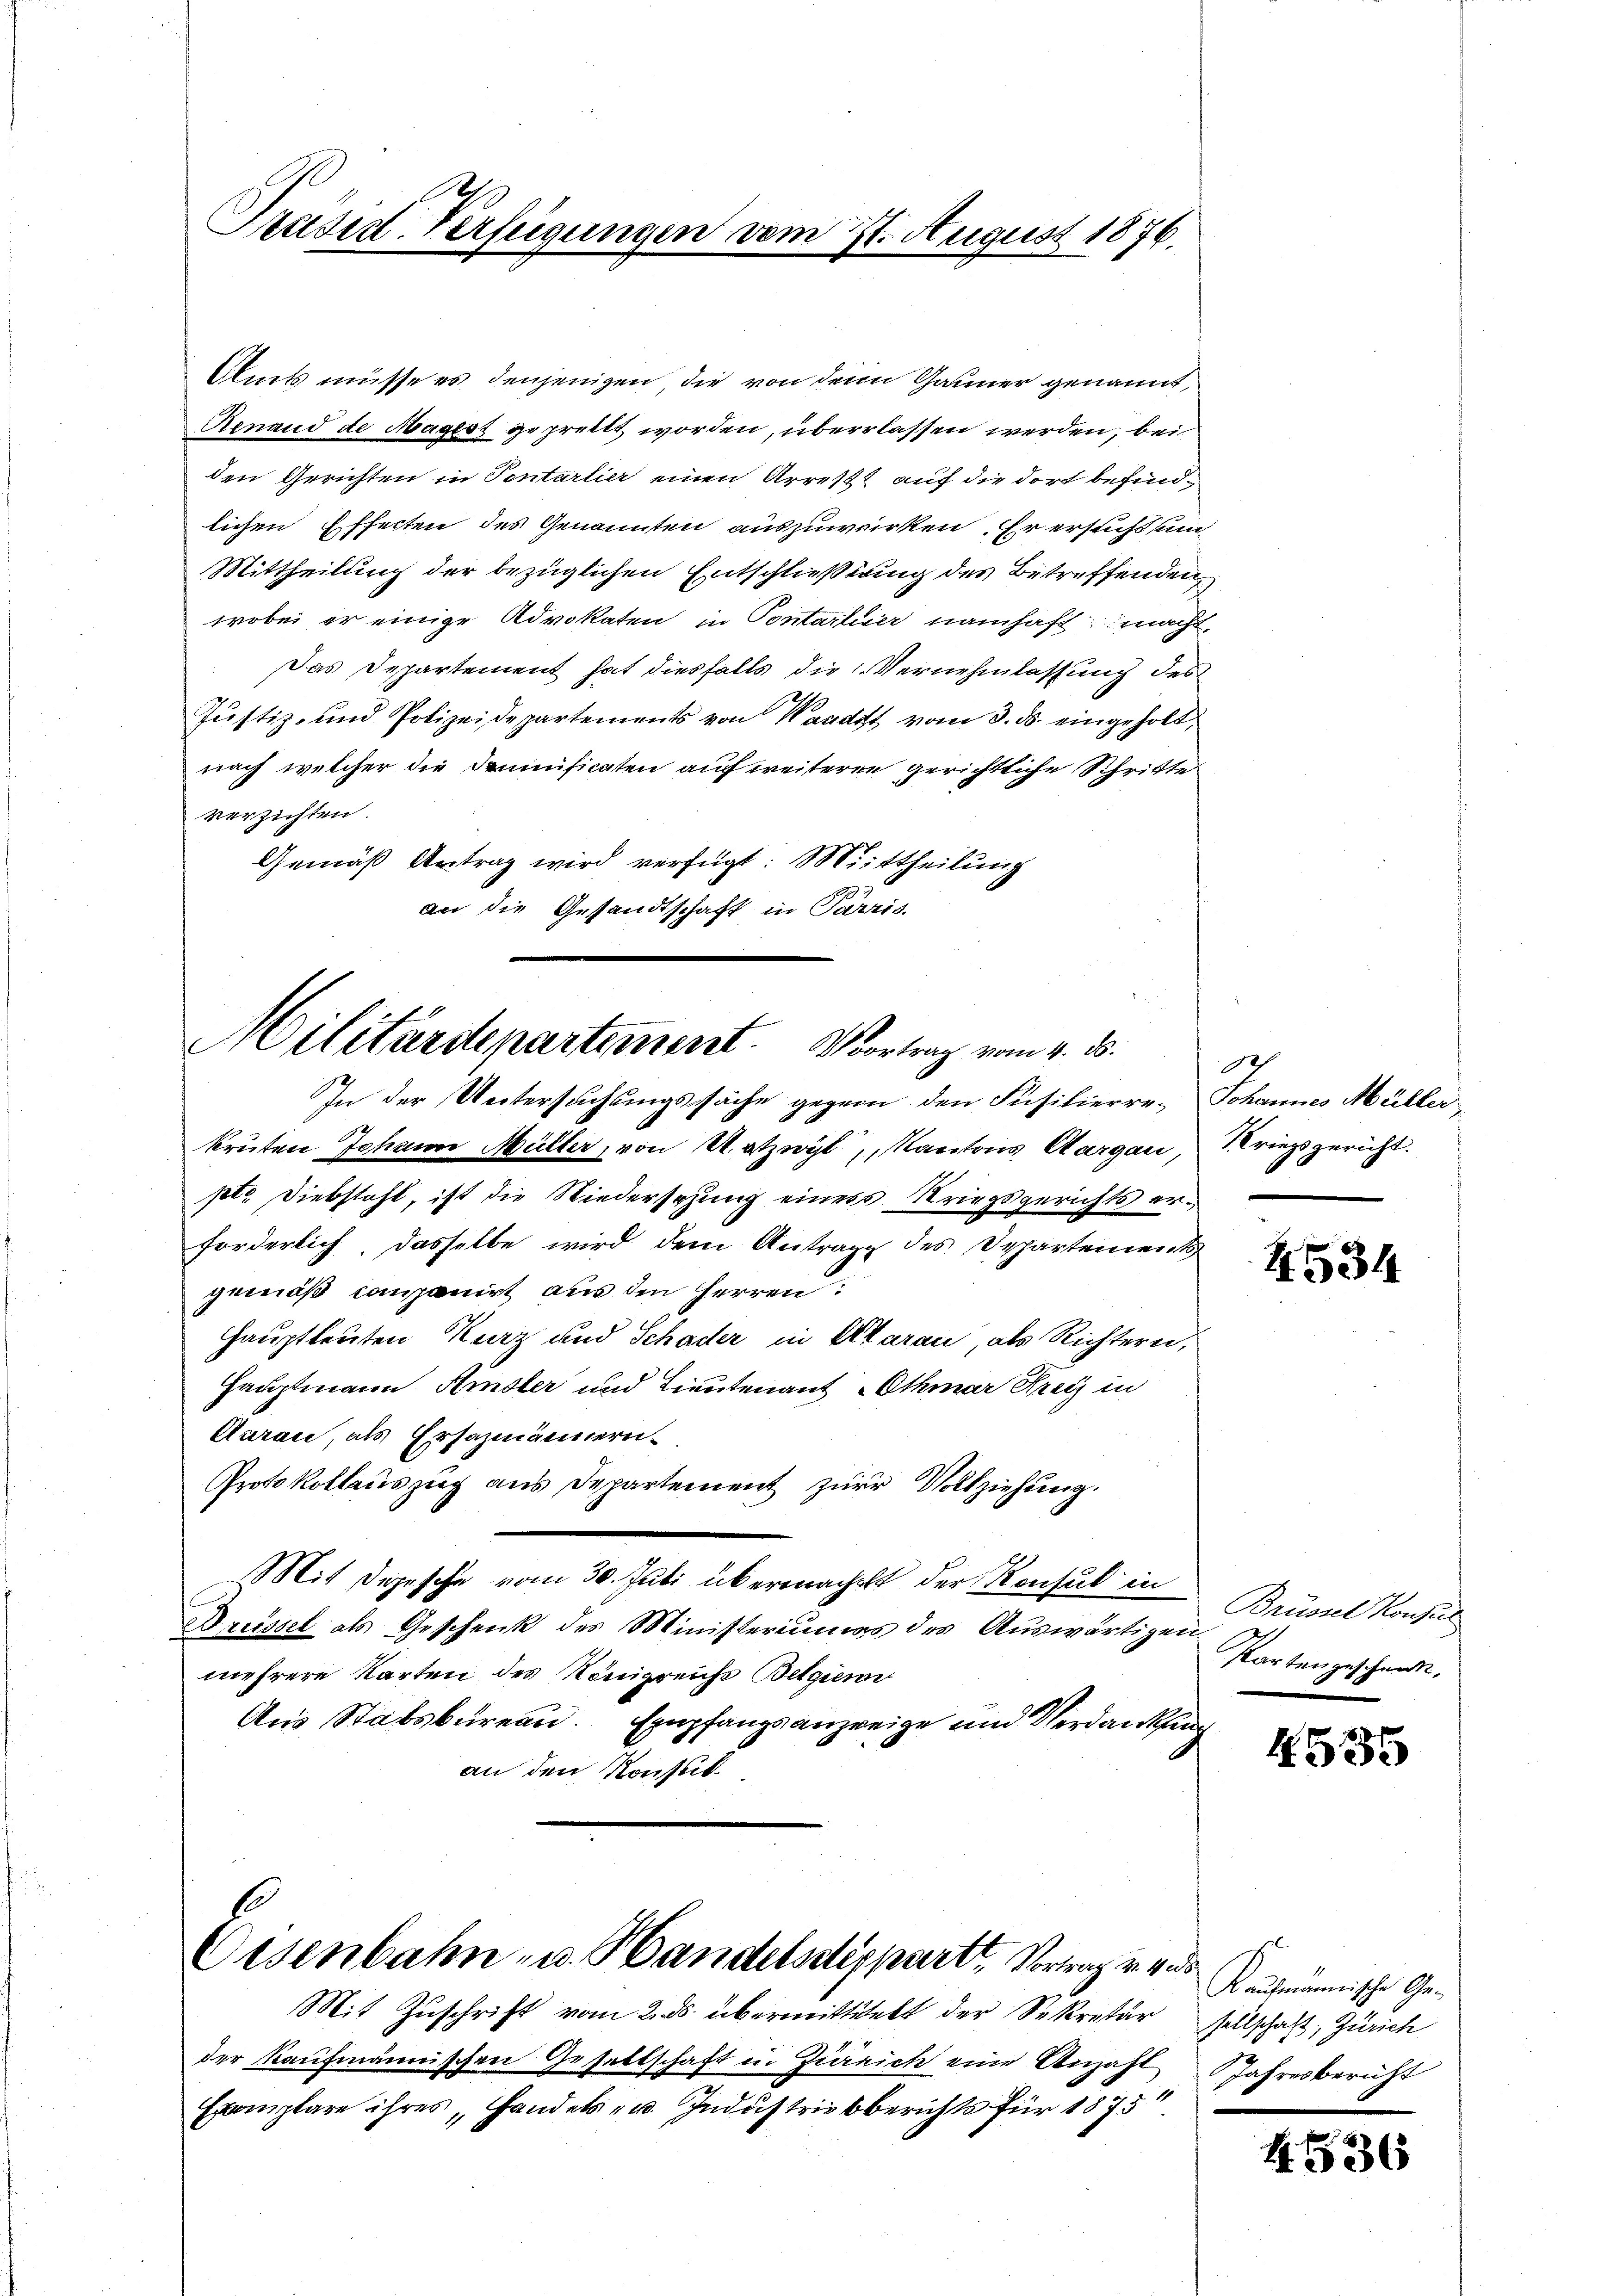
Amts müsse es denjenigen, die von dem Garmer genannt,
Amnand de Magiss geprellt worden, überlassen werden, bei
den Gerichten in Tentarlier einen Arrest auf die dort befindlichen Effecten des Genannten auszuwerken. Er ersucht und
Mittheilung der bezüglichen Entschließung des Betreffenden
wobei er einige Advokaten in Contartier namhaft macht,
Das Departement hat diesfalls die Vernehmlassung des
Justiz- und Polizeidepartements von Waadt vom 3. ds eingeholt,
nach welcher die Dominificaten auf weiteren gerichtliche Schritte
verzichten.
Gemäß Antrag wird verfügt: Mittheilung
an die Gesandtschaft in Parris.

Ose
Präsid-Verfügungen vom 21. August 1876.

Militärdepartement. Vortrag vom 4. d.
In der Untersuchungssache gegen den Füsilierre, Johannes Müller

kruten Johann Müller, von Netzwyl, Kantons Aargau, Kriegsgericht.
pte. Diebstahl, ist die Niedersezung eines Kriegsgerichts erforderlich, dasselbe wird dem Antrage des Departements
gemäß componirt aus den Herren:
Hauptleuten Kurz und Schader in Aarau, als Richtern,
Hauptmann. Amster und Lieutenant Othmar Krey in
Aarau, als Ersazmännern.
Protokollauszug aus Departement zur Vollziehung.
Mit Depesche vom 30. Juli übermacht der Konsul in
l
Drüssel als Geschenk des Ministeriums des Aŭswärtigen Partengeschwert,
mehrere Karten des Königreichs Beginn
Aus Stabsbureau. Empfangsanzweige und Verdankung
an den Konsul
Eisenbahn- u. Handelsdepart, Vortrag v. und Kaufmännische Ge¬
Mit Zuschrift vom 2. ds. übermittelt der Sekretär sellschaft, Zürich
der Kaufmännischen Gesellschaft in Zürich eine Anzahl Jahresbericht
Exemplare ihres Handels- u. Industrieberichts für 1875

Ich

4534

Brüssel Konsul

4535

4536